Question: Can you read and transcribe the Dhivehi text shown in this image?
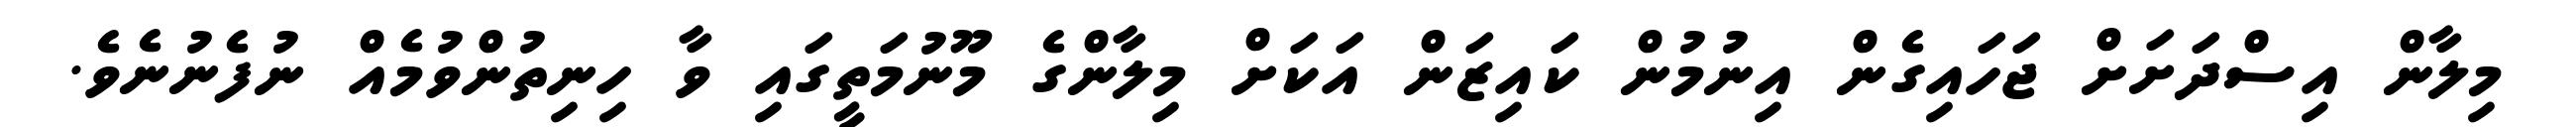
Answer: މިލާން އިސްދަށަށް ޖަހައިގެން އިނުމުން ކައިޒަން އަކަށް މިލާންގެ މޫނުމަތީގައި ވާ ހިނިތުންވުމެއް ނުފެނުނެވެ.